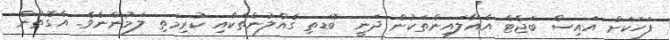
ފަހަކަށް އައިސް ބަޖެޓް އެއާލައިންތަކުން ދަނީ ބޮޑަތި ގެއްލުންތަކާއި ކުރިމަތި ލަމުންނެވެ. އެގޮތުން